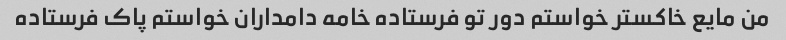
من مایع خاکستر خواستم دور تو فرستاده خامه دامداران خواستم پاک فرستاده